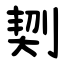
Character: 㓶